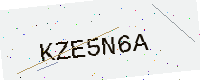
Text: KZE5N6A